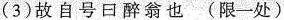
（3）故自号日醉翁也 （限一处）